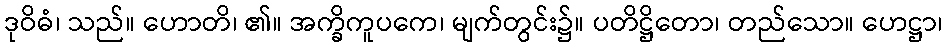
ဒုဝိဓံ၊ သည်။ ဟောတိ၊ ၏။ အက္ခိကူပကေ၊ မျက်တွင်း၌။ ပတိဋ္ဌိတော၊ တည်သော။ ဟေဋ္ဌာ၊